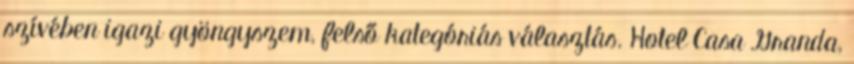
szívében igazi gyöngyszem, felső kategóriás választás. Hotel Casa Granda,